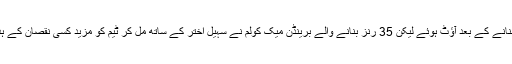
گلریز صدف 27 رنز بنانے کے بعد آؤٹ ہوئے لیکن 35 رنز بنانے والے برینڈن میک کولم نے سہیل اختر کے ساتھ مل کر ٹیم کو مزید کسی نقصان کے ہدف تک رسائی دلا دی۔